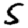
Digit: 5